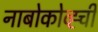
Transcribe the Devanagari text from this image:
नाबोकोव्ह्ची